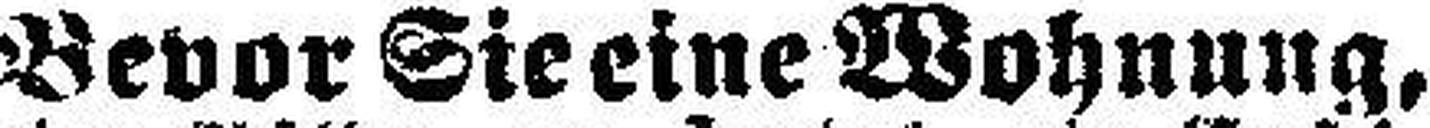
Bevor Sie eine Wohnung,